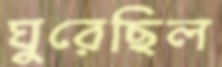
ঘুরেছিল